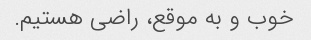
خوب و به موقع، راضی هستیم.